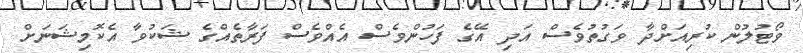
ވޯޓުލުން ކުރިއަށްދާ ވަގުތުވެސް އަދި އޭގެ ފަހުންވެސް އެއްވެސް ފަރާތެއްގެ ޝަކުވާ އެކޮމިޝަނަށް